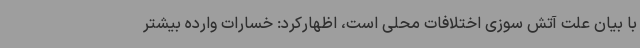
با بیان علت آتش سوزی اختلافات محلی است، اظهارکرد: خسارات وارده بیشتر